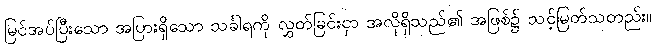
မြင်အပ်ပြီးသော အပြားရှိသော သင်္ခါရကို လွှတ်ခြင်းငှာ အလိုရှိသည်၏ အဖြစ်၌ သင့်မြတ်သတည်း။